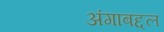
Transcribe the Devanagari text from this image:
अंगाबद्दल